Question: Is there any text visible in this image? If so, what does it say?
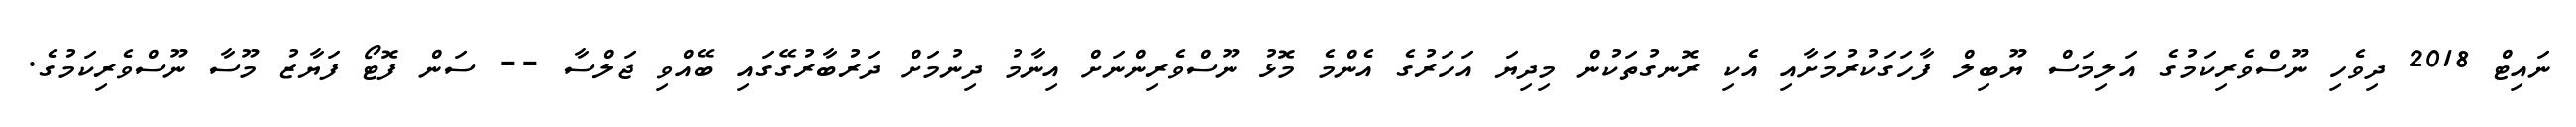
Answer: ނައިޓް 2018 ދިވެހި ނޫސްވެރިކަމުގެ އަލިމަސް ޔޫބިލް ފާހަގަކުރުމަށާއި އެކި ރޮނގުތަކުން މިދިޔަ އަހަރުގެ އެންމެ މޮޅު ނޫސްވެރިންނަށް އިނާމު ދިނުމަށް ދަރުބާރުގޭގައި ބޭއްވި ޖަލްސާ -- ސަން ފޮޓޯ ފަޔާޒު މޫސާ ނޫސްވެރިކަމުގެ.